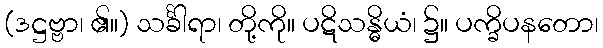
(ဒဋ္ဌဗ္ဗာ၊ ၏။) သင်္ခါရာ၊ တို့ကို။ ပဋိသန္ဓိယံ၊ ၌။ ပက္ခိပနတော၊